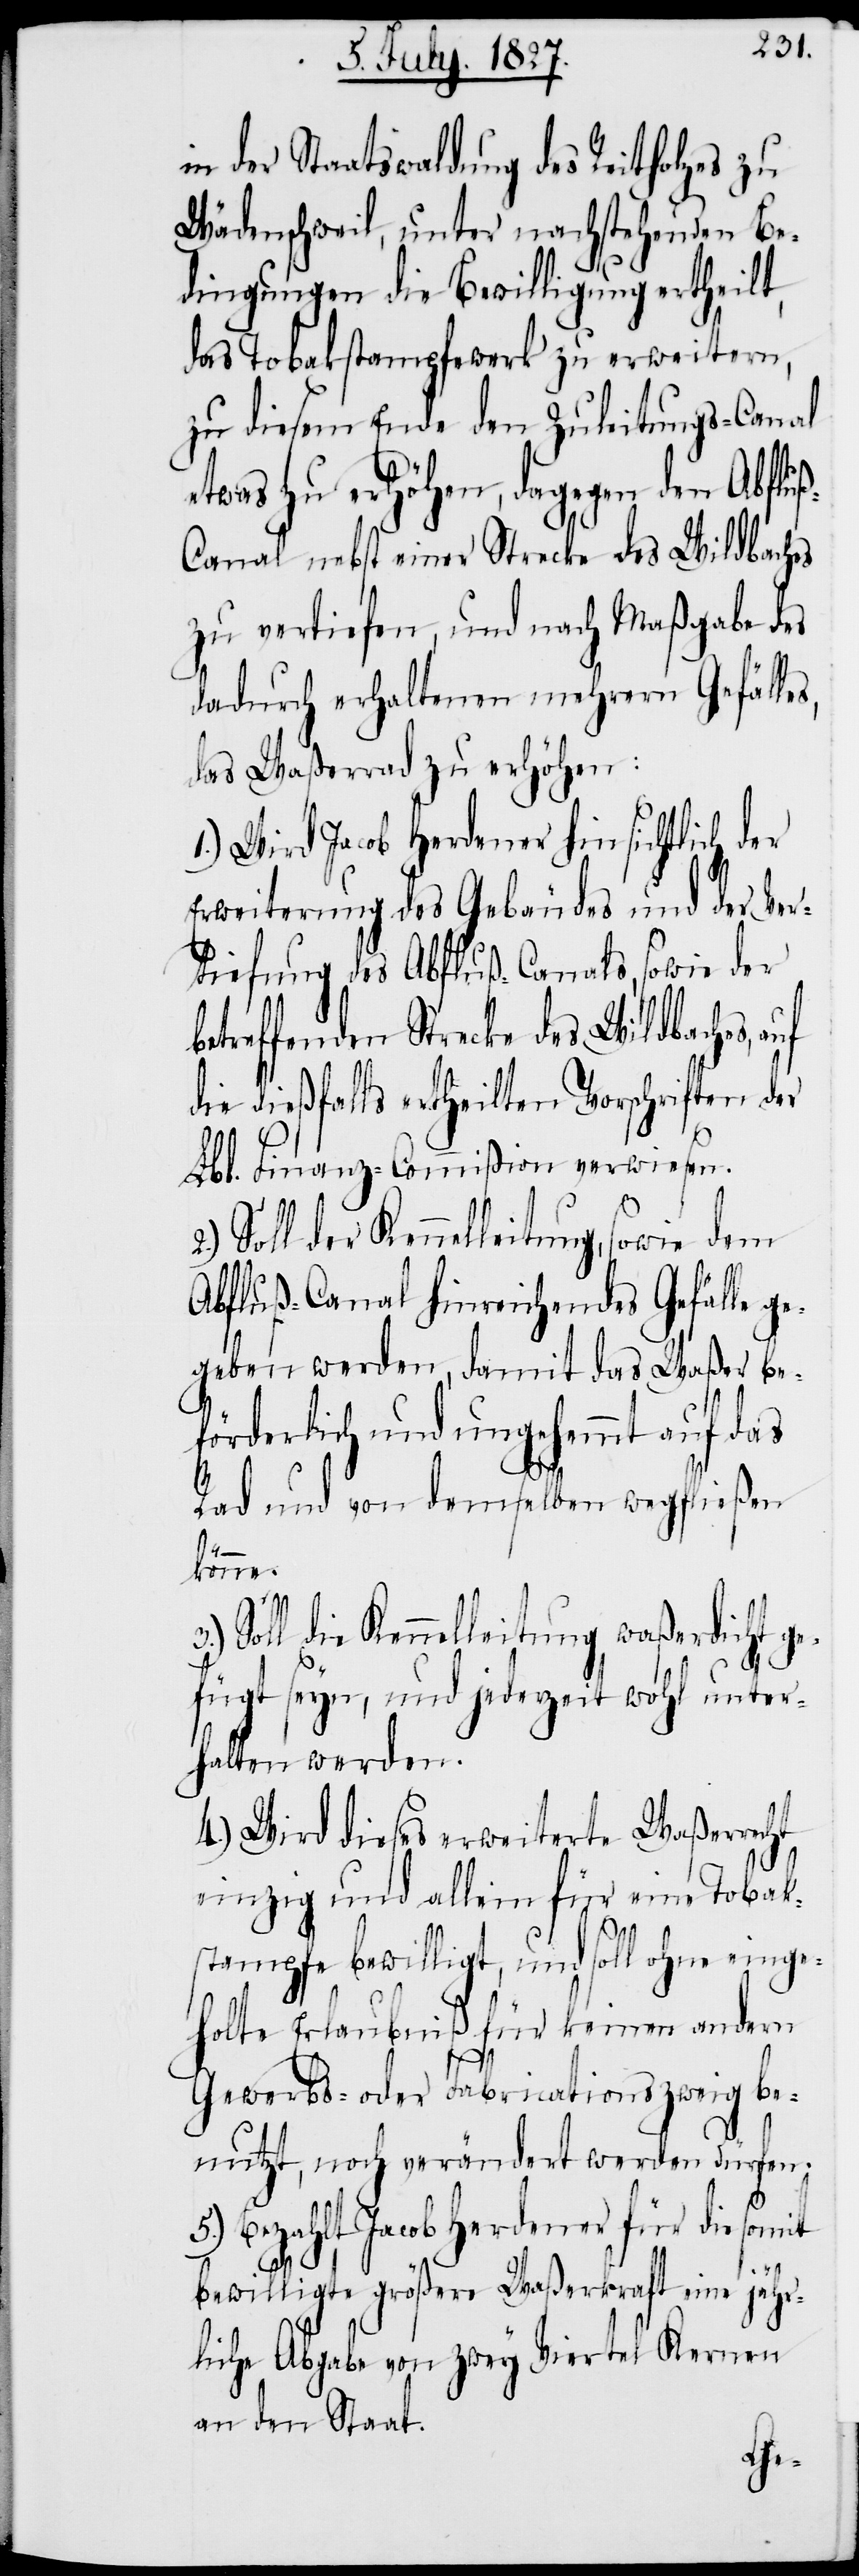
in der Staatswaldung des Rietholzes zu
Wädenschweil, unter nachstehenden Be¬
dingungen die Bewilligung ertheilt,
das Tobakstampfwerk zu erweitern,
zu diesem Ende den Zuleitungs-Canal
etwas zu erhöhen, dagegen den Abflu¬
anal nebst einer Strecke des Wildbaches
zu vertiefen, und nach Maßgabe des
dadurch erhaltenen mehrern Gefälle¬
das Waßerrad zu erhöhen:
1.) Wird Jacob Herdener hinsichtlich der
Erweiterung des Gebäudes und der Ver¬
tiefung des Abfluß-Canals, sowie der
betreffenden Strecke des Wildbaches,
die dießfalls ertheilten Vorschriften der
Lbl. Finanz-Commißion verwiesen.
Soll der Kennelleitung, sowie dem
Abfluß-Canal hinreichendes Gefälle g¬
egeben werden, damit das Waßer be¬
förderlich und ungehemmt auf das
Rad und von demselben wegfließen
s,
könne.
Soll die Kennelleitung waßerdicht ge¬
fügt seyn, und jederzeit wohl unter¬
halten werden.
4.) Wird dieses erweiterte Waßerrecht
einzig und allein für eine Tobak¬
stampfe bewilligt, und soll ohne einge¬
holte Erlaubniß für keinen andern
Gewerbs- oder Fabrikationszweig be¬
nutzt, noch verändert werden dürfen.
5.) Bezahlt Jacob Herdener für die somit
ß-C¬
bewilligte größere Waßerkraft eine jähr¬
lich Abgabe von zwey Viertel Kernen
an den Staat.